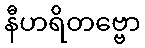
နီဟရိတဗ္ဗော